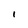
Character: l